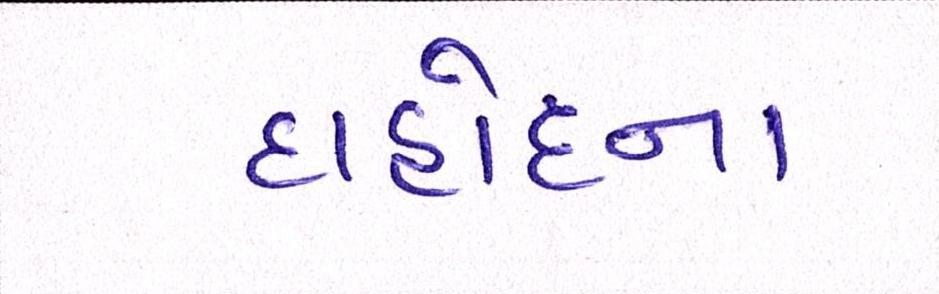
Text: દાહોદના